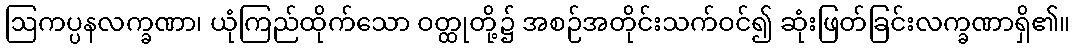
ဩကပ္ပနလက္ခဏာ၊ ယုံကြည်ထိုက်သော ဝတ္ထုတို့၌ အစဉ်အတိုင်းသက်ဝင်၍ ဆုံးဖြတ်ခြင်းလက္ခဏာရှိ၏။